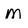
Character: m